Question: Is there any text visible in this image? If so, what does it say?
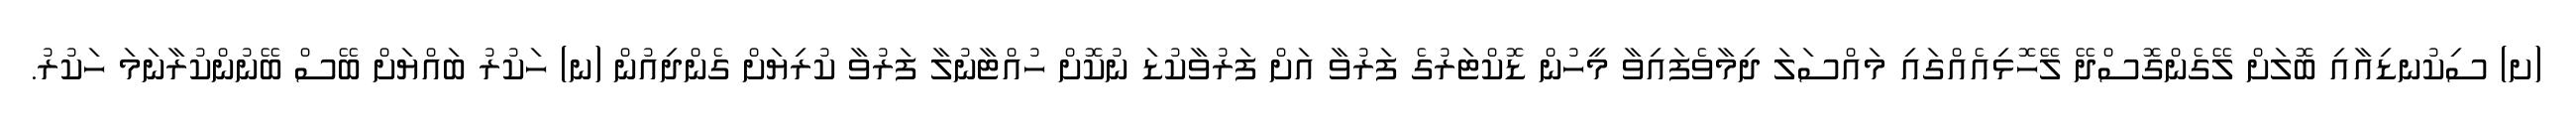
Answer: (ށ) ސިކުނޑިއާއި ބޮލަށް ލޭގެންގޮސްދޭ ލޭހޮޅިއެއްގައި މައްސަލަ ދިމާވެފައިވާ މީހުން ޑޮކްޓަރުގެ ފަރުވާ އަށް ފަރުވާކުޑަ ނުކޮށް ހުއްޓާނުލާ ފަރުވާ ކުރިޔަށް ގެންދިއުން (ނ) ހަކުރު ބައްޔަށް ބޭސް ބޭނުންކުރާނަމަ ހަކުރު.